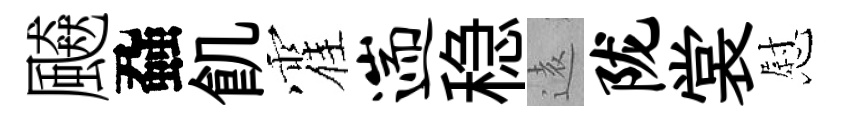
飇蝨飢霍遄稳逺陇裳慰